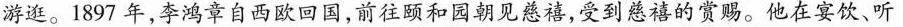
游逛。1897年，李鸿章自西欧回国，前往颐和园朝见慈禧，受到慈禧的赏赐。他在宴饮、听